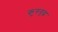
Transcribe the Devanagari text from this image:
कुरुवृद्ध